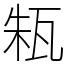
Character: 㼡